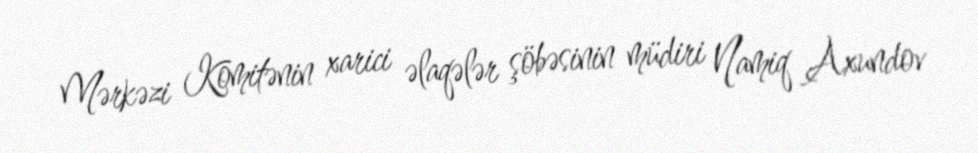
Mərkəzi Komitənin xarici əlaqələr şöbəsinin müdiri Namiq Axundov